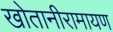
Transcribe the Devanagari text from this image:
खोतानीरामायण